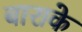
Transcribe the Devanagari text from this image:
बाराके